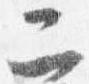
二